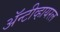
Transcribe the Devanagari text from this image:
अॅन्टीव्हायरल